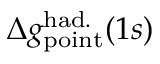
\Delta { g } _ { \mathrm { p o i n t } } ^ { \mathrm { h a d . } } ( 1 s )